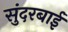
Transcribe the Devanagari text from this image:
सुंदरबाई